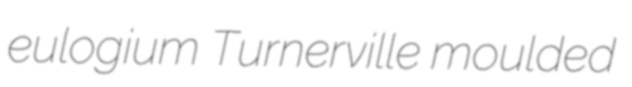
eulogium Turnerville moulded